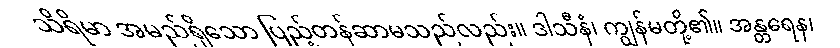
သိရိမာ အမည်ရှိသော ပြည့်တန်ဆာမသည်လည်း။ ဒါသီနံ၊ ကျွန်မတို့၏။ အန္တရေန၊